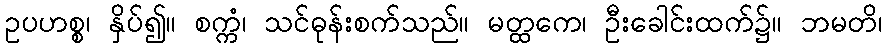
ဥပဟစ္စ၊ နှိပ်၍။ စက္ကံ၊ သင်ဓုန်းစက်သည်။ မတ္ထကေ၊ ဦးခေါင်းထက်၌။ ဘမတိ၊